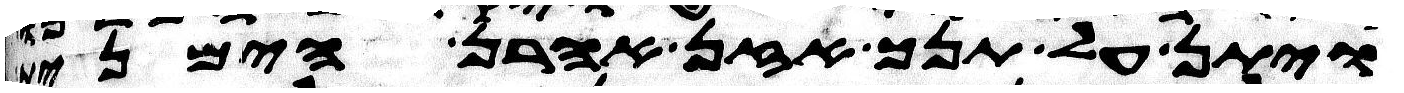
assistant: ויתן על תנך אזן אהרן הימנית